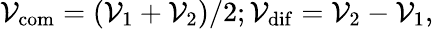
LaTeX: \mathcal{V}_{\mathrm{{com}}}=(\mathcal{V}_{1}+\mathcal{V}_{2})/2;\mathcal{V}_{\mathrm{{dif}}}=\mathcal{V}_{2}-\mathcal{V}_{1},